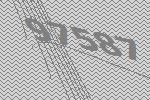
97587